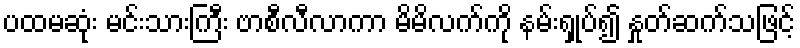
ပထမဆုံး မင်းသားကြီး ဗာစီလီလာကာ မိမိလက်ကို နမ်းရှုပ်၍ နှုတ်ဆက်သဖြင့်